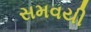
સમવયી